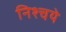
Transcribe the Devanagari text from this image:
निश्चये